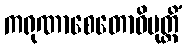
ကရုဏာစေတောဝိမုတ္တိံ